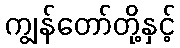
ကျွန်တော်တို့နှင့်